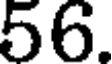
56.